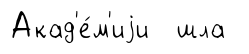
Акад'е́м'иjи шла